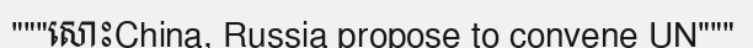
"""សោះChina, Russia propose to convene UN"""